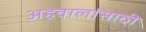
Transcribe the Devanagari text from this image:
अहवालांसाठी